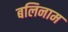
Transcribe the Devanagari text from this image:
बलिनाम